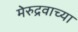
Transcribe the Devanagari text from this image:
मेरुद्रवाच्या